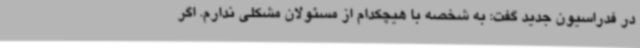
در فدراسیون جدید گفت: به شخصه با هیچکدام از مسئولان مشکلی ندارم. اگر